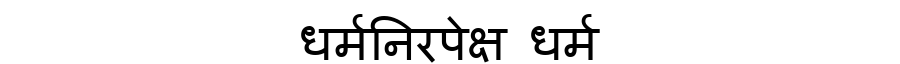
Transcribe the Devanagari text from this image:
धर्मनिरपेक्ष धर्म